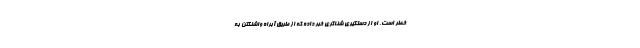
خطر است. او از دستگیری شناگری خبر داده که از طریق آبراه واشنگتن به